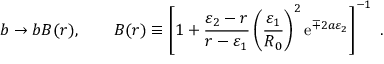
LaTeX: b \rightarrow b B ( r ) , \qquad B ( r ) \equiv \left[ 1 + { \frac { \varepsilon _ { 2 } - r } { r - \varepsilon _ { 1 } } } \left( { \frac { \varepsilon _ { 1 } } { R _ { 0 } } } \right) ^ { 2 } \mathrm { e } ^ { \mp 2 a \varepsilon _ { 2 } } \right] ^ { - 1 } ~ .